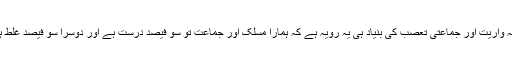
فرقہ واریت اور جماعتی تعصب کی بنیاد ہی یہ رویہ ہے کہ ہمارا مسلک اور جماعت تو سو فیصد درست ہے اور دوسرا سو فیصد غلط ہے۔